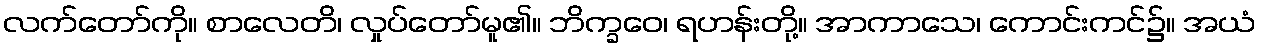
လက်တော်ကို။ စာလေတိ၊ လှုပ်တော်မူ၏။ ဘိက္ခဝေ၊ ရဟန်းတို့။ အာကာသေ၊ ကောင်းကင်၌။ အယံ